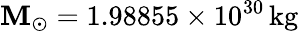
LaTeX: \mathbf{M}_{\odot}=1.98855\times10^{30}\, {\mathrm{{kg}}}